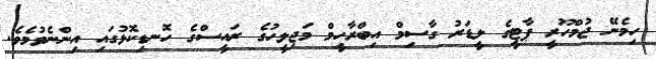
ހިމެނޭ ޖުމްހޫރީ ޕާޓީގެ ލީޑަރު ގާސިމް އިބްރާހީމް މަޖިލީހުގެ ރައީސްގެ ހޮނޑިކޮޅުގައި އިންނެވުމެވެ.